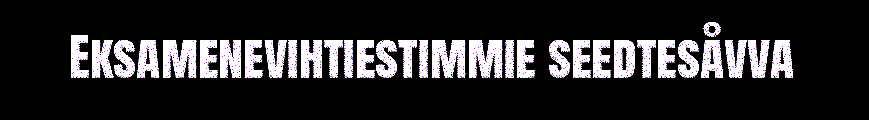
Eksamenevihtiestimmie seedtesåvva